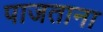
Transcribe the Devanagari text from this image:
पाजताना